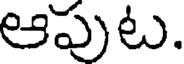
ఆపుట.